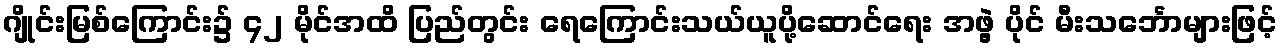
ဂျိုင်းမြစ်ကြောင်း၌ ၄၂ မိုင်အထိ ပြည်တွင်း ရေကြောင်းသယ်ယူပို့ဆောင်ရေး အဖွဲ့ ပိုင် မီးသင်္ဘောများဖြင့်